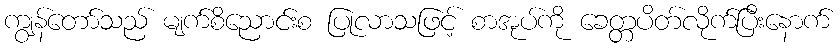
ကျွန်တော်သည် မျက်စိညောင်းစ ပြုလာသဖြင့် စာအုပ်ကို ခေတ္တပိတ်လိုက်ပြီးနောက်